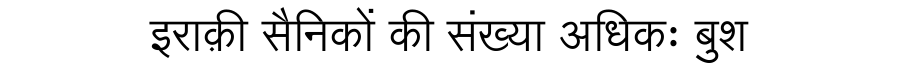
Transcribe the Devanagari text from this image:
इराक़ी सैनिकों की संख्या अधिकः बुश